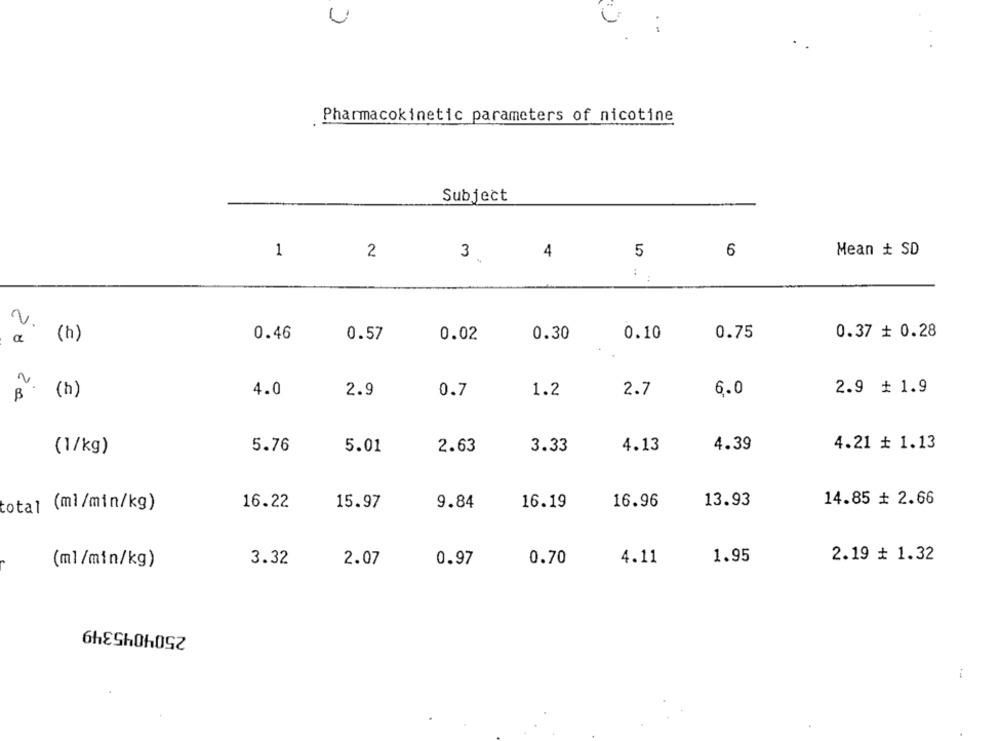
Pharmacokinetic parameters of nicotine
Subject
1
3
5
6
Mean + SD
2
4
..
0.37 + 0.28
20
0.46
0.57
0.02
0.30
0.10
0.75
( h)
4.0
2.9
1.2
2.7
6.0
2.9 + 1.9
B (h)
0.7
4.21 + 1.13
(1/kg)
5.76
5.01
2.63
3.33
4.13
4.39
16.22
15.97
16.19
16.96
13.93
14.85 # 2.66
total (ml /min/kg)
9.84
(ml/min/kg)
3.32
2.07
0.97
0.70
4.11
1.95
2.19 # 1.32
2504045349